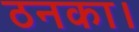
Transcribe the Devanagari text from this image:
ठनका।